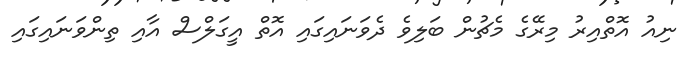
ނިއު އޮތްއިރު މިރޭގެ މެޗުން ބަލިވެ ދެވަނައިގައި އޮތް އީގަލްސް އާއި ތިންވަނައިގައި